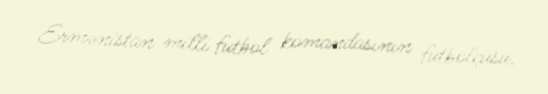
Ermənistan milli futbol komandasının futbolçusu.